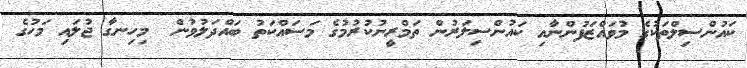
ކައުންސިލްތަކުގެ މުވައްޒަފުންނާއި ކައުންސިލަރުން ތަމްރީނުކުރުމުގެ މަސައްކަތު ބައްދަލުވުން  މިހިނގާ ޖުލައި މަހުގެ